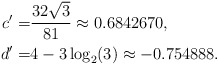
\begin{align*}c' = & \dfrac{32 \sqrt{3}}{81} \approx 0.6842670, \\d' = & 4 - 3 \log_2(3) \approx - 0.754888.\end{align*}